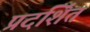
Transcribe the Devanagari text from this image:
प्रदशि॔त